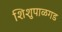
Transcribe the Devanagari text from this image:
शिशुपाळगड